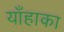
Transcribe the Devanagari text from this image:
याँहाका